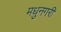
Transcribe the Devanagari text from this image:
मधुनगरी